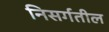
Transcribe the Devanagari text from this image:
निसर्गतील